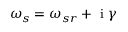
\omega _ { s } = \omega _ { s r } + \mathrm { ~ i ~ } \gamma